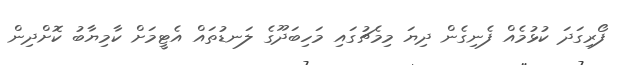
ފޯރިގަދަ ކުޅުމެއް ފެނިގެން ދިޔަ މިމެޗުގައި މަހިބަދޫގެ ލަނޑުތައް އެޓީމަށް ކާމިޔާބު ކޮށްދިން